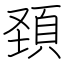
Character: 頚